Indian journal of veterinary science and animal husbandry - Volume 13,
Year: 1943
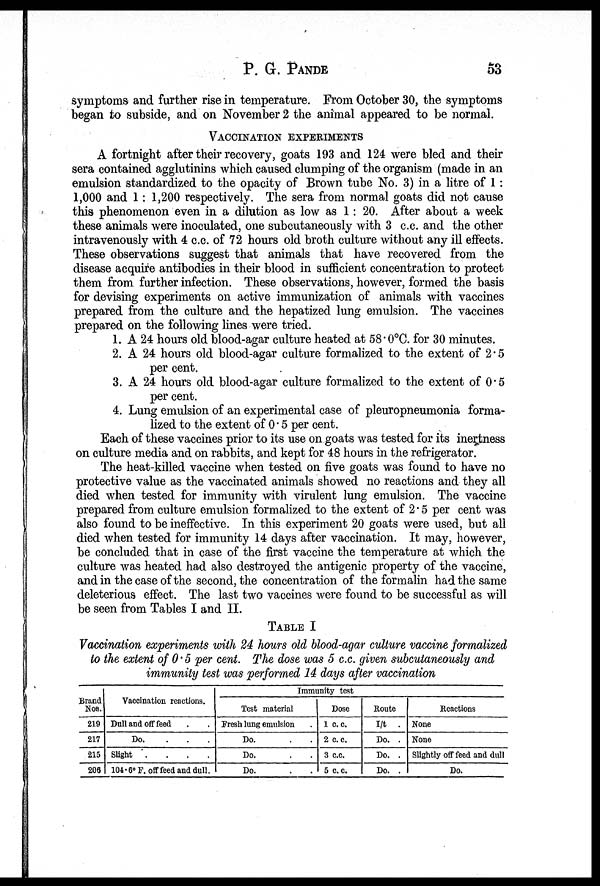
P. G. PANDE 53
symptoms and further rise in temperature. From October 30, the symptoms
began to subside, and on November 2 the animal appeared to be normal.
VACCINATION EXPERIMENTS
A fortnight after their recovery, goats 193 and 124 were bled and their
sera contained agglutinins which caused clumping of the organism (made in an
emulsion standardized to the opacity of Brown tube No. 3) in a litre of 1:
1,000 and 1: 1,200 respectively. The sera from normal goats did not cause
this phenomenon even in a dilution as low as 1 : 20. After about a week
these animals were inoculated, one subcutaneously with 3 c.c. and the other
intravenously with 4 c.c. of 72 hours old broth culture without any ill effects.
These observations suggest that animals that have recovered from the
disease acquire antibodies in their blood in sufficient concentration to protect
them from further infection. These observations, however, formed the basis
for devising experiments on active immunization of animals with vaccines
prepared from the culture and the hepatized lung emulsion. The vaccines
prepared on the following lines were tried.
1. A 24 hours old blood-agar culture heated at 58.0°C. for 30 minutes.
2. A 24 hours old blood-agar culture formalized to the extent of 2.5
per cent.
3. A 24 hours old blood-agar culture formalized to the extent of 0.5
per cent.
4. Lung emulsion of an experimental case of pleuropneumonia forma-
lized to the extent of 0.5 per cent.
Each of these vaccines prior to its use on goats was tested for its inertness
on culture media and on rabbits, and kept for 48 hours in the refrigerator.
The heat-killed vaccine when tested on five goats was found to have no
protective value as the vaccinated animals showed no reactions and they all
died when tested for immunity with virulent lung emulsion. The vaccine
prepared from culture emulsion formalized to the extent of 2.5 per cent was
also found to be ineffective. In this experiment 20 goats were used, but all
died when tested for immunity 14 days after vaccination. It may, however,
be concluded that in case of the first vaccine the temperature at which the
culture was heated had also destroyed the antigenic property of the vaccine,
and in the case of the second, the concentration of the formalin had the same
deleterious effect. The last two vaccines were found to be successful as will
be seen from Tables I and II.
TABLE I
Vaccination experiments with 24 hours old blood-agar culture vaccine formalized
to the extent of 0.5 per cent. The dose was 5 c.c. given subcutaneously and
immunity test was performed 14 days after vaccination
Brand
Nos.
219
217
215
206
Vaccination reactions.
Dull and off feed . . .
Do.
...
Slight . . . .
104. 6° F. off feed and dull.
Immunity test
Test material
Fresh lung emulsion .
Do. . .
Do. . .
Do. . .
Dose
1 c.c.
2 c.c.
3 c.c.
5 c.c.
Route
I/t .
Do. .
Do. .
Do. .
Reactions
None
None
Slightly off feed and dull
Do.